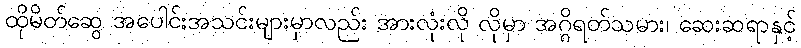
ထိုမိတ်ဆွေ အပေါင်းအသင်းများမှာလည်း အားလုံးလို လိုမှာ အဂ္ဂိရတ်သမား၊ ဆေးဆရာနှင့်